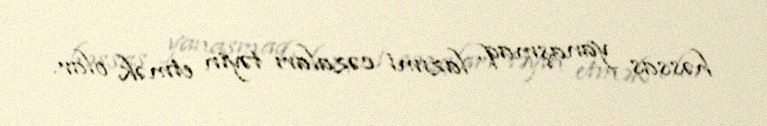
həssas yanaşmaq, lazımi cəzaları təyin etmək olar.